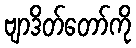
ဗျာဒိတ်တော်ကို